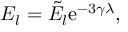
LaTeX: E _ { l } = \tilde { E } _ { l } \mathrm { e } ^ { - 3 \gamma \lambda } ,